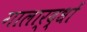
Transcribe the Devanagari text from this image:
गालार्द्धों